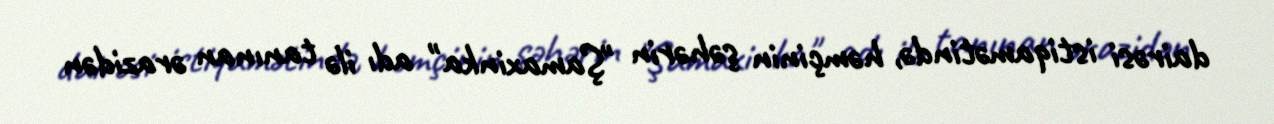
dairəsi istiqamətində, həmçinin şəhərin "Şamaxinka" adı ilə tanınan ərazidən